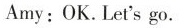
Amy:OK.Let'sgo.